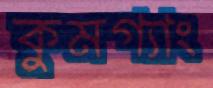
কুমগ্যাং